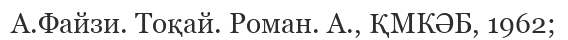
А.Файзи. Тоқай. Роман. А., ҚМКӘБ, 1962;